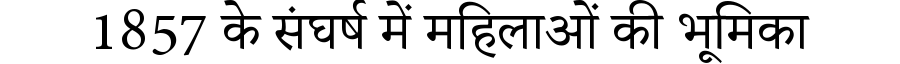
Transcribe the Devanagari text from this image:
1857 के संघर्ष में महिलाओं की भूमिका